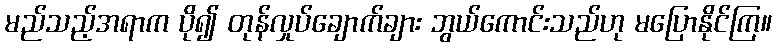
မည်သည့်အရာက ပို၍ တုန်လှုပ်ချောက်ချား ဘွယ်ကောင်းသည်ဟု မပြောနိုင်ကြ။